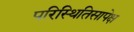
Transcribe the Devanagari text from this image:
परिस्थितिसापेक्ष